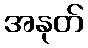
အနုတ်